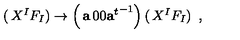
\left( \begin{matrix} { X ^ { I } } \\ { F _ { I } } \\ \end{matrix} \right) \rightarrow \left( \begin{matrix} { { \bf a } } & { 0 } \\ { 0 } & { { { \bf a } ^ { t } } ^ { - 1 } } \\ \end{matrix} \right) \left( \begin{matrix} { X ^ { I } } \\ { F _ { I } } \\ \end{matrix} \right) \ ,